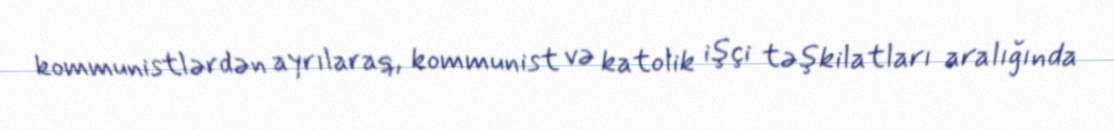
kommunistlərdən ayrılaraq, kommunist və katolik işçi təşkilatları aralığında